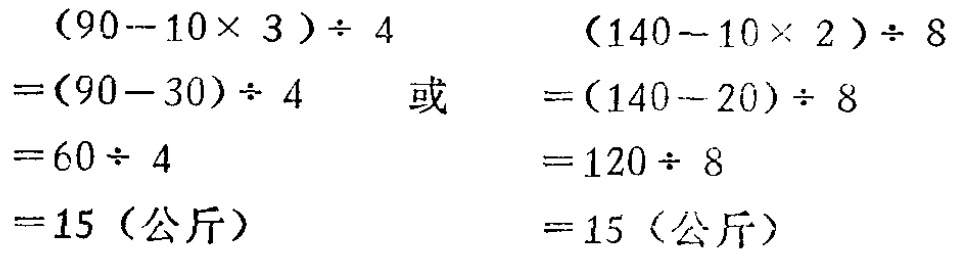
\[
\begin{align*}
&(90 - 10\times3)\div4\\
=&(90 - 30)\div4\\
=&60\div4\\
=&15 \text{（公斤）}
\end{align*}
\]
或
\[
\begin{align*}
&(140 - 10\times2)\div8\\
=&(140 - 20)\div8\\
=&120\div8\\
=&15 \text{（公斤）}
\end{align*}
\]